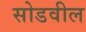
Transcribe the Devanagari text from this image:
सोडवील